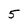
Character: 5